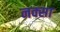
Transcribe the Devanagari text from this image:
नक्सा